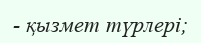
- қызмет түрлері;